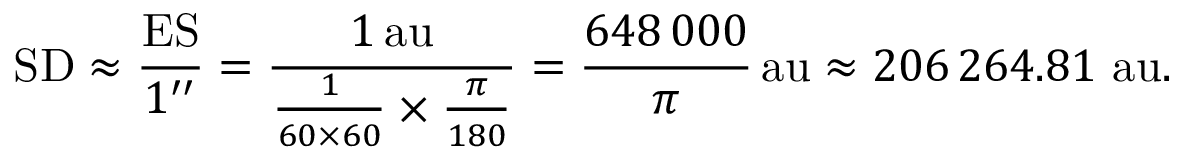
\mathrm { S D } \approx { \frac { \mathrm { E S } } { 1 ^ { \prime \prime } } } = { \frac { 1 \, { \mathrm { a u } } } { { \frac { 1 } { 6 0 \times 6 0 } } \times { \frac { \pi } { 1 8 0 } } } } = { \frac { 6 4 8 \, 0 0 0 } { \pi } } \, { \mathrm { a u } } \approx 2 0 6 \, 2 6 4 . 8 1 { \mathrm { ~ a u } } .